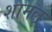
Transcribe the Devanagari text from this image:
शामलू